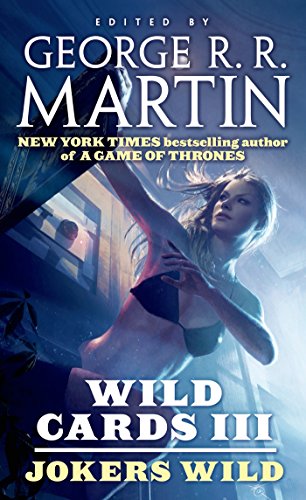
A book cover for Wild Cards III: Jokers Wild; George R. R. Martin; Science Fiction & Fantasy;